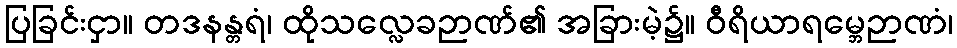
ပြခြင်းငှာ။ တဒနန္တရံ၊ ထိုသလ္လေခဉာဏ်၏ အခြားမဲ့၌။ ဝီရိယာရမ္ဘေဉာဏံ၊